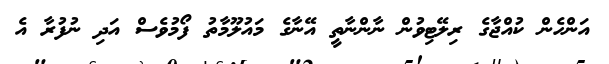
އަންހެން ކުއްޖާގެ ރިލޭޓިވުން ނާންނާތީ އޭނާގެ މައުލޫމާތު ފޯމުވެސް އަދި ނުފުރާ އެ